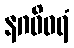
နဂဝိဝရံ